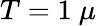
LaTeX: T=1\ \mu